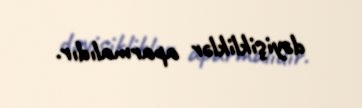
dəyişikliklər aparmalıdır.